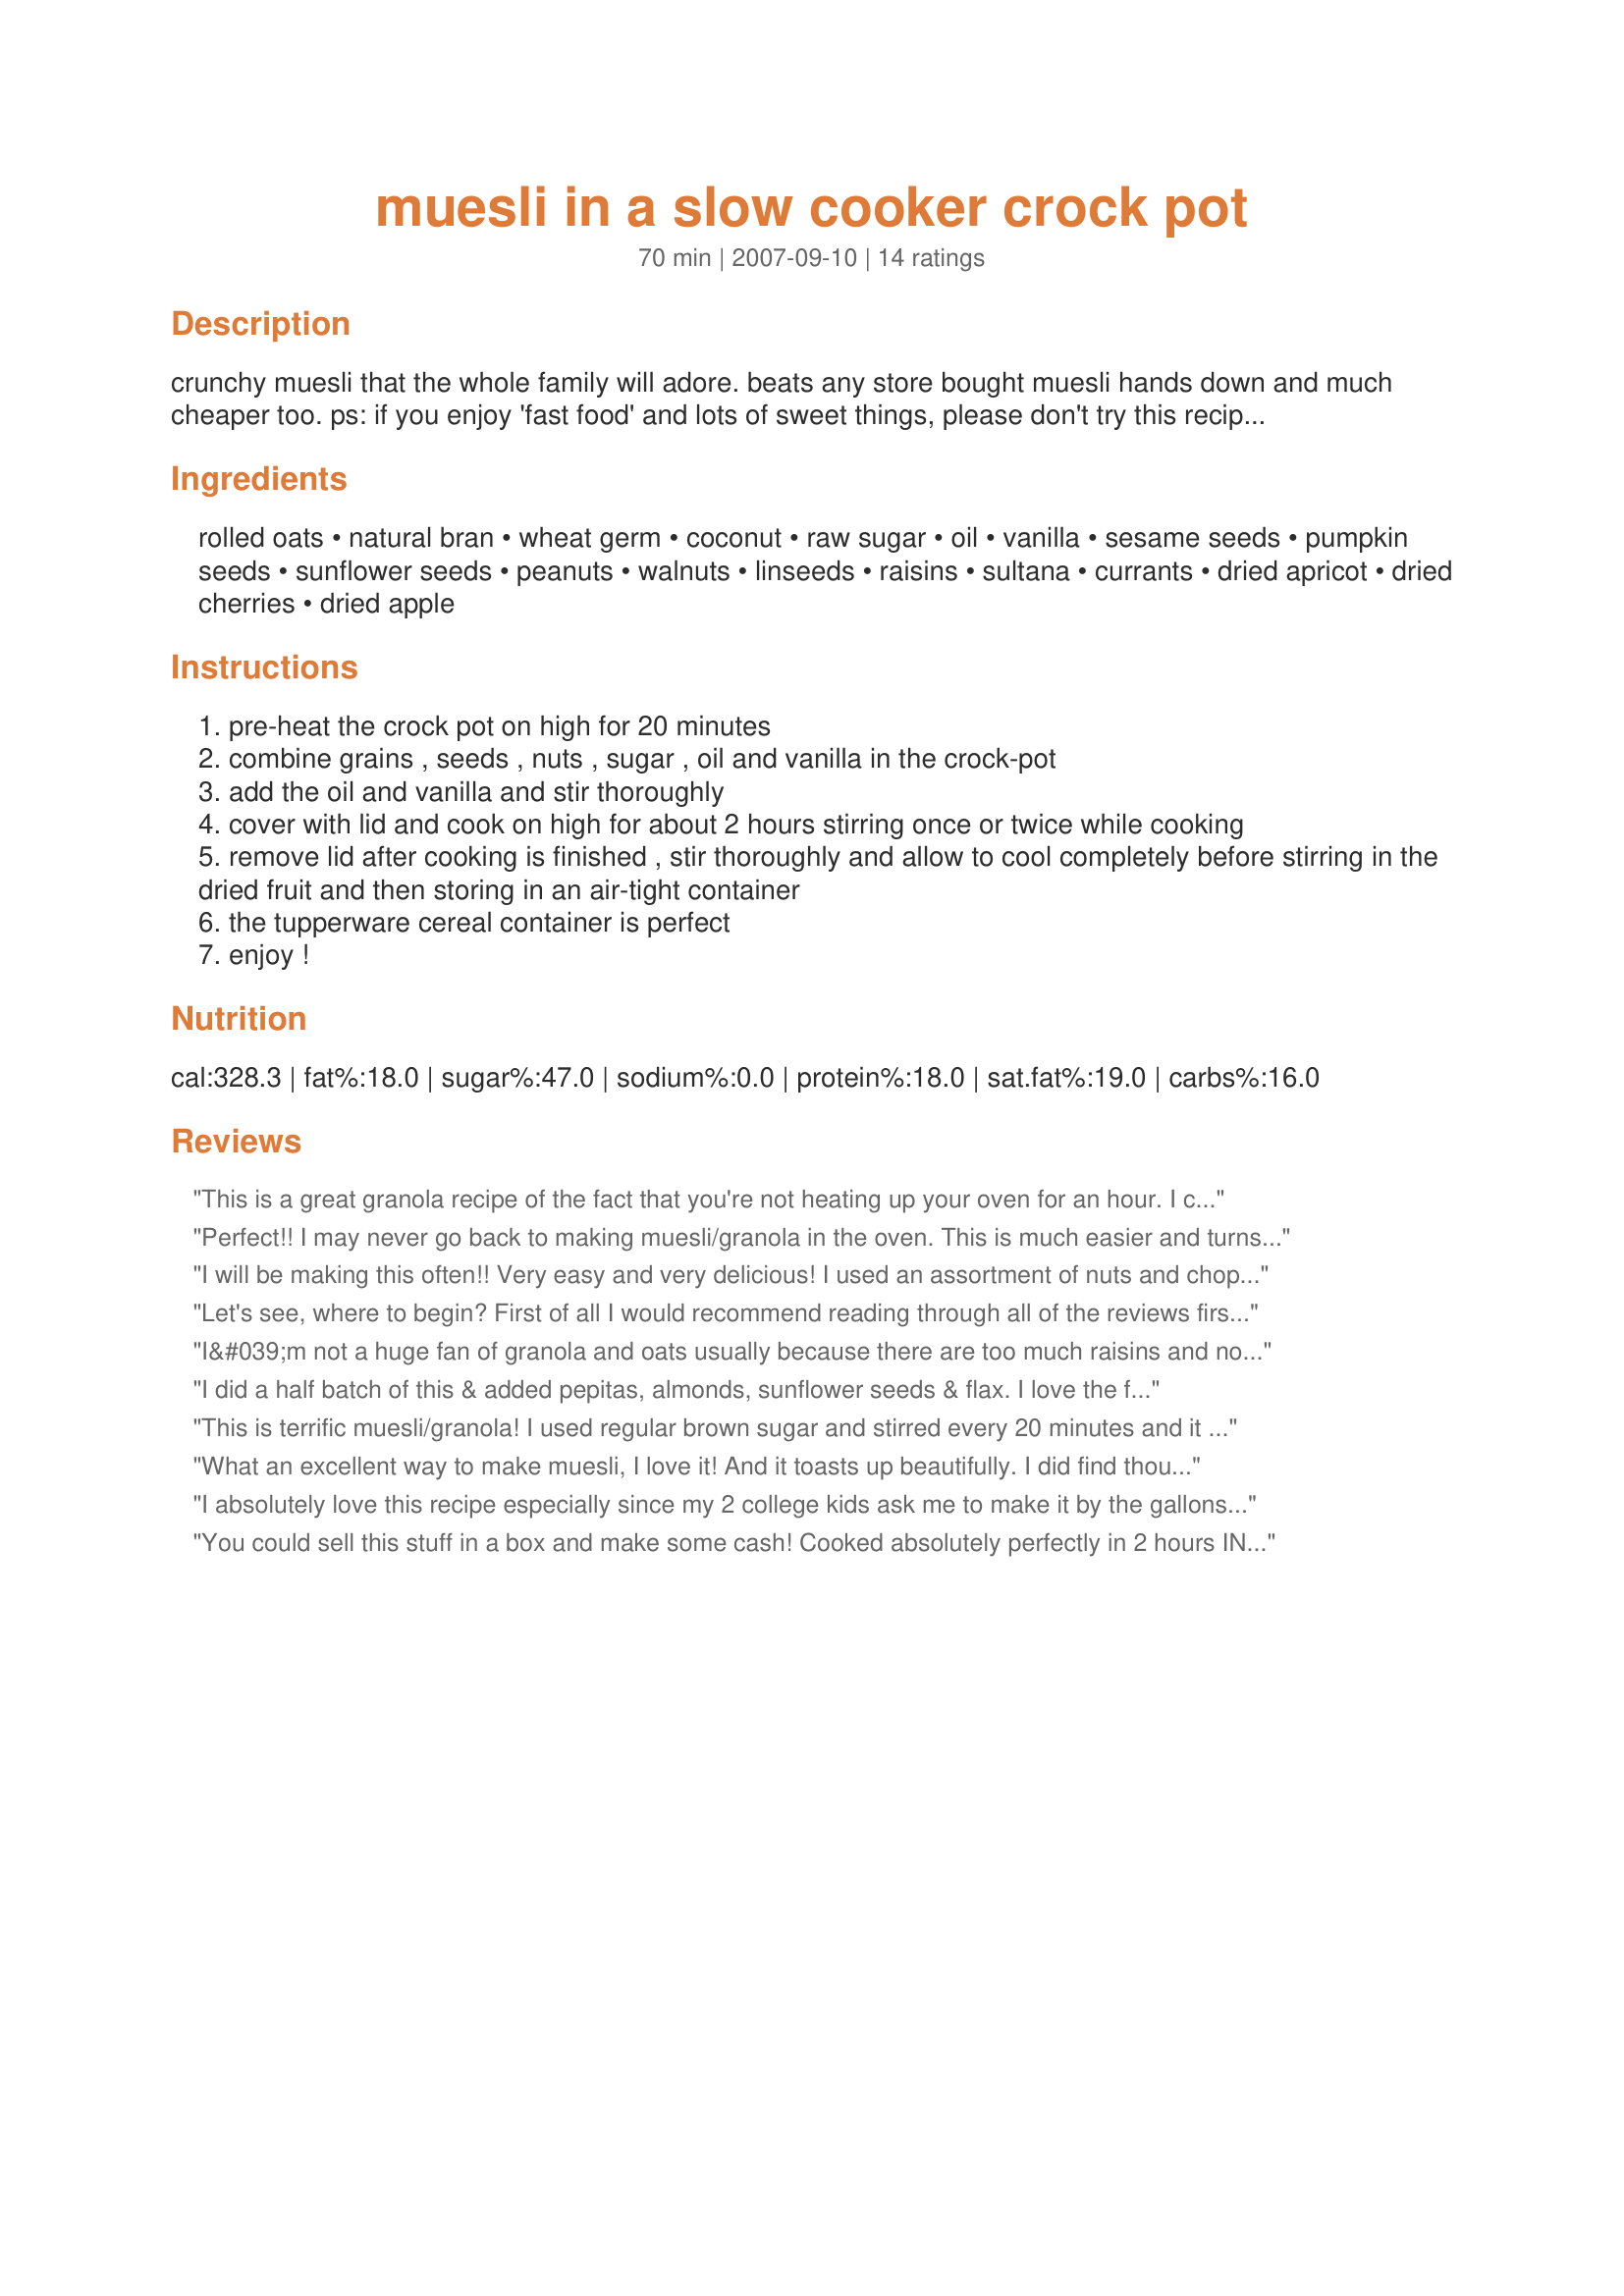
muesli in a slow cooker crock pot
Preparation time: 70 minutes

crunchy muesli that the whole family will adore. beats any store bought muesli hands down and much cheaper too. ps: if you enjoy 'fast food' and lots of sweet things, please don't try this recipe. it is quite possibly a recipe that is not designed to appeal to an american palate. it is more of a low fat/low sugar version, a breakfast that will keep you going for hours without the hit of a low blood sugar levels within a short period of time. i find that when i have this for breakfast, i'm not hungry again until 1 - 2 pm. enjoy!!

Ingredients:
rolled oats, natural bran, wheat germ, coconut, raw sugar, oil, vanilla, sesame seeds, pumpkin seeds, sunflower seeds, peanuts, walnuts, linseeds, raisins, sultana, currants, dried apricot, dried cherries, dried apple

Steps:
pre-heat the crock pot on high for 20 minutes
combine grains , seeds , nuts , sugar , oil and vanilla in the crock-pot
add the oil and vanilla and stir thoroughly
cover with lid and cook on high for about 2 hours stirring once or twice while cooking
remove lid after cooking is finished , stir thoroughly and allow to cool completely before stirring in the dried fruit and then storing in an air-tight container
the tupperware cereal container is perfect
enjoy !

Reviews:
This is a great granola recipe of the fact that you're not heating up your oven for an hour. I cooked mine on low in the crockpot for over two hours and then on high for one hour. I omitted the coconut and sugar to up the health factor. I added chopped pecans and almonds and tossed in about 1/2 cup raisins. Also used the olive oil like you suggested and 2 T. of maple syrup to up the sweet factor a bit. This is a very versatile recipe and I"m glad I tagged for AU RecipeSwap - January~
Perfect!! I may never go back to making muesli/granola in the oven. This is much easier and turns out better. I didn't preheat my slow cooker, nor did I pregrease it. I cooked on high setting for 2 hours, stirring once, then left it another 1/2 hour on the keep warm feature. I also added 2 or 3 tbsp of maple syrup. Thanks for posting!
I will be making this often!! Very easy and very delicious! I used an assortment of nuts and chopped dried fruits - pretty much followed the recipe as stated (did not preheat) except that I added the dried fruit partway through the cooking because I wanted it crunchier and not as chewy. SO good over yogurt! Thanks for sharing!
Let's see, where to begin? First of all I would recommend reading through all of the reviews first. That helped me tremendously. I used a 3-quart slow cooker which was greased first then heated up with the cover on. The recipe was cut in half and I threw in a variety of grains all in flake form: barley, rye, triticale and of course oats. A variety of dried fruit was added: cranberries, raisins, pomegranates, red raspberries, cherries, black currants. Nuts/seeds: almonds, sesame seeds, pepitas, sunflower (forgot to add the Oregon-grown hazelnuts!) Spices: cinnamon, ground ginger, pinch freshly grated nutmeg. (Demerara sugar, too. ) Added all this along with the other ingredients in the list to the crock pot and cooked on HIGH 1 hour. Stirred. Added one more tablespoon of oil. Cooked another hour on HIGH. Stirred. Reduced to LOW and cooked another 45 minutes-1 hour. Perfect. Somewhat crunchy-almost more like granola. Absolutely delicious with a splash of fresh cream from the local dairy farm. Will make again! Reviewed for Australian/NZ Swap #50.
I&#039;m not a huge fan of granola and oats usually because there are too much raisins and not enough nuts, but when I&#039;ve had it in other countries, it is simply fantastic. I&#039;ve tried making or finding recipes similar to what I&#039;ve had but without much success. Well, this recipe definitely fits the bill for me. I don&#039;t know that it&#039;s exactly the same, but the flavor is just fantastic. And I love that you can vary the ingredients to your taste and I can see how I&#039;ll be able to eat it in a variety of ways. Right now I&#039;m eating it mixed with labneh, kefir and jarred peaches. It&#039;s more like dessert for breakfast! I made the recipe last night and followed the recipe steps, but made these few minor changes to the ingredients to suit my tastes: instead of raw sugar, I used brown sugar. I didn&#039;t use any of the suggested nuts/seeds. Instead I used slivered almonds, chopped pecans and chopped macadamia nuts, and more than what the recipe calls for because I love nuts. For the dried fruit, I used only currants and cherries, chopped. I also added some flax seeds. I think any combination of seeds, nuts and dried fruit that suits you will work. That&#039;s what I love about the recipe - it&#039;s highly customizable. The next time I make it I might add some dried papaya instead of cherries. Besides mixing this muesli in with yogurt, I think I will try it as a topping to cooked apples, as well as using it as just a cereal with milk. This is a fantastic recipe, and it&#039;s got just the right amount of sweetness to make it enjoyable. And needless to say, it&#039;s a healthy recipe. This is definitely going into my keeper box. Thanks for sharing an awesome and tasty recipe!
I did a half batch of this & added pepitas, almonds, sunflower seeds & flax. I love the fact that this toasted nicely with about half the oil than most recipes call for. Thanks for posting!
This is terrific muesli/granola! I used regular brown sugar and stirred every 20 minutes and it worked out fine. I didn't add the bran, and for nuts I used almonds. I love this mixed into yogurt so I didn't add any dried fruit; I'll add it at serving time when I use this as a cereal. I took the suggestion of other reviewers and added some cinnamon about halfway through the cooking time. Love this - thanks for sharing the recipe!
What an excellent way to make muesli, I love it! And it toasts up beautifully. I did find though that I needed to watch the last hour as if you didn't stir, it would have burnt. So glad I found this as my favourite muesli is extremely expensive. At the moment I am enjoying my muesli each morning with a Byron Bay Ginger juice poured over it instead of yoghurt.
I absolutely love this recipe especially since my 2 college kids ask me to make it by the gallons for them. I modified it to make it gluten free for my daughter. I use the oats, 1 cup each oat bran, coconut, sliced almonds, pumpkin seeds, and sunflower seeds, 1/2 cup flax seeds, 1/2 cup raw sugar, 1/3 cup olive oil and 2 tsp vanilla. Based on other reviews I add 2 full tsp cinnamon after 1 hour and I oil the crockpot before adding the mix. Stirring every 20 minutes or so keeps it from getting too brown in spots. This is fabulous on yogurt. I have found it really easy to order the grains from a farm in Maine, they show up at my door fresh and ready to go.
You could sell this stuff in a box and make some cash! Cooked absolutely perfectly in 2 hours IN THE CROCKPOT. . .who would have guessed! I have made a LOT of muesli and granola recipes and they are always on the verge of being overdone. Not this one! I used peanuts, flax seed, sesame seed and pecans for nuts. Then used tart dried cherries as well as 2oz of bite sized dried fruit by Welch's (raisin, cranberries plus tropical fruits). I also added 1.5 tsp Cinnamon due to personal preference. Extremely tasty and healthy, the way I like it. Made for "Adopt a Joey" August 2008.
Though this isn't officially out of the crock pot yet, I have done enough sampling to be able to rate it. I must first tell you that I left out the wheat germ so that my husband could enjoy this too, and subbed whole golden flax seed in it's place. Oh, and this is VERY IMPORTANT: I did not preheat my crock pot ahead of time, because many of the newer units have an automatic kill switch that will terminate your crock pot forever as a safety device should you forget and leave it on with little to nothing left in the unit (I know this from experience). When I added the oil to the oats, I also stirred in 2 Tbs. real maple syrup and a pinch more vanilla then the recipe called for. I also added the coconut, and sunflower seeds. Then once the first hour was up, I stirred in some chopped dried apricot, chopped dried apple, dried tart cherries, dried cranberries, cashew pieces, and some roasted cinnamon. Now my house smells heavenly! I will definitely make this often. Thanks for sharing this wonderful recipe Kathy. Now comes the hard part....I have to share the muesli. Made and reviewed for the 50th AUS/NZ Recipe Swap.
My granola recipe has 8 tbsp of oil for roughly these proportions so I was keen to try a low fat version. I found after two hours the oats had not really changed color in my slow cooker. Not sure if my slow cooker is a problem but I don't think so because it works well for all other recipes and it was quite hot. I ended up adding an extra 4 tbsp of oil and putting it in the oven for around 20 min at 300 stirring frequently. I like the proportions and combination's but my family found it not to be sweet enough. The slow cooker method definitely did not work for me anyway.
A very good unique recipe! I never thought granola could be made in a crockpot! I had no bran or germ so I used extra oats, flax, and sesame. I did put a little bit of cinnamon in. I was hoping to get a little bit of a cluster texture, but I realize with the limited oil (a real plus!) that was not too feasible.
I made a big container of this and took it to the beach with me. It was a nice sunrise breakfast. I bet it is good hot, too!
This was very good muesli--it reminded me of a gourmet version of the muesli we used to buy in Australia. I couldn't find bran here, so I added extra oats. I added pumpkin seeds, sunflower seeds, and chopped almonds. I also sprinkled in some cinnamon half way through (after reading other reviews). Delicious!!
